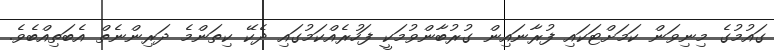
ގައުމުގެ މިނިވަން ކަމަށްޓަކައި ފުރާނައިން ގުރުބާންވުމަކީ ފަހުރެއްކަމުގައި ދެކޭ ކިތަންމެ ދަރިންނެތް އެބަތިއްބެވެ.